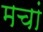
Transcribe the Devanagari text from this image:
मचां